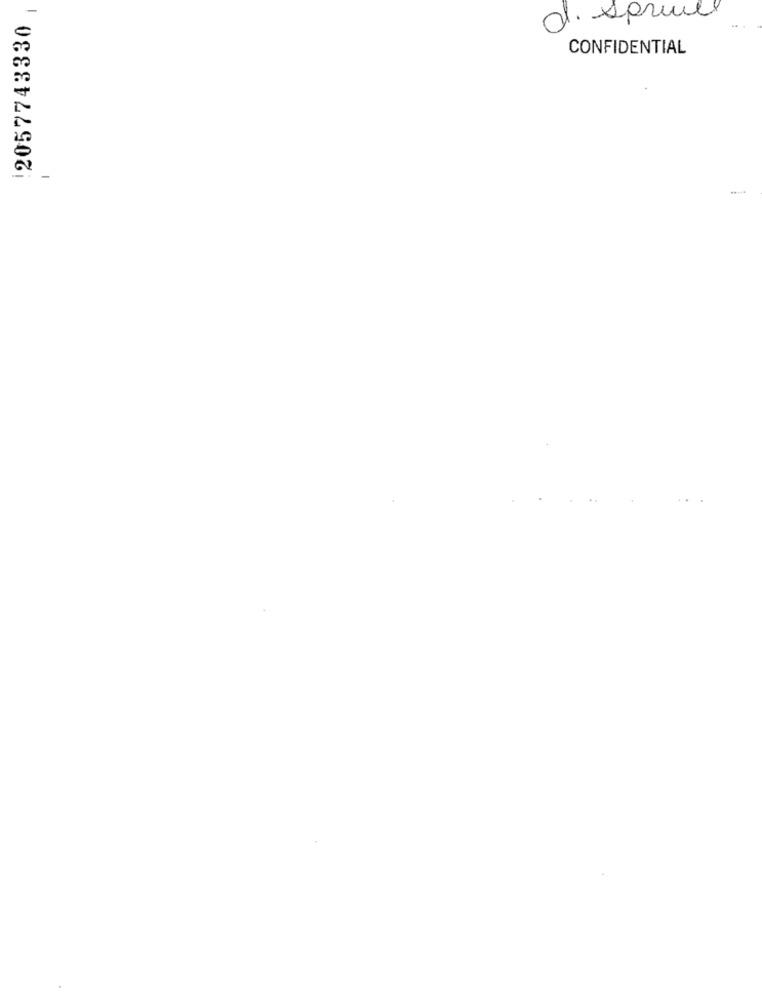
2057743330 |
d. sprivel
CONFIDENTIAL
-